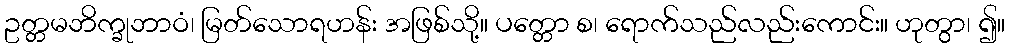
ဥတ္တမဘိက္ခုဘာဝံ၊ မြတ်သောရဟန်း အဖြစ်သို့။ ပတ္တော စ၊ ရောက်သည်လည်းကောင်း။ ဟုတွာ၊ ၍။